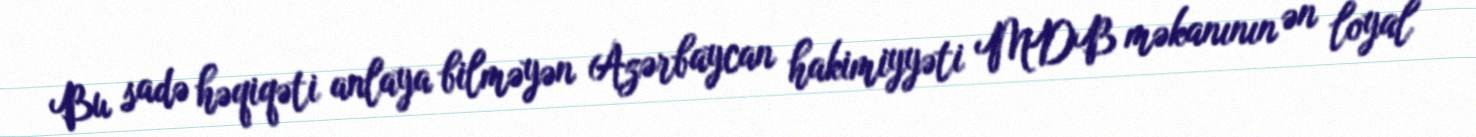
Bu sadə həqiqəti anlaya bilməyən Azərbaycan hakimiyyəti MDB məkanının ən loyal